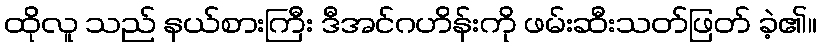
ထိုလူ သည် နယ်စားကြီး ဒီအင်ဂဟိန်းကို ဖမ်းဆီးသတ်ဖြတ် ခဲ့၏။